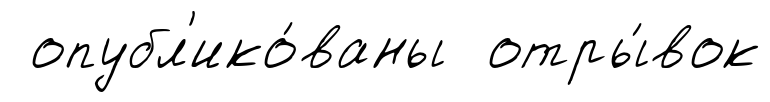
опубл'ико́ваны отры́вок